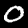
Digit: 0